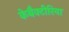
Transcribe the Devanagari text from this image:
केबैक्टीरिया